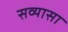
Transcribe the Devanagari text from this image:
सव्यासा